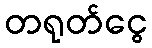
တရုတ်ငွေ